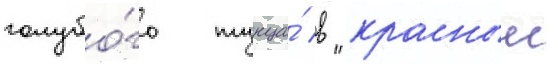
голубо́го тунца́ в "красныи